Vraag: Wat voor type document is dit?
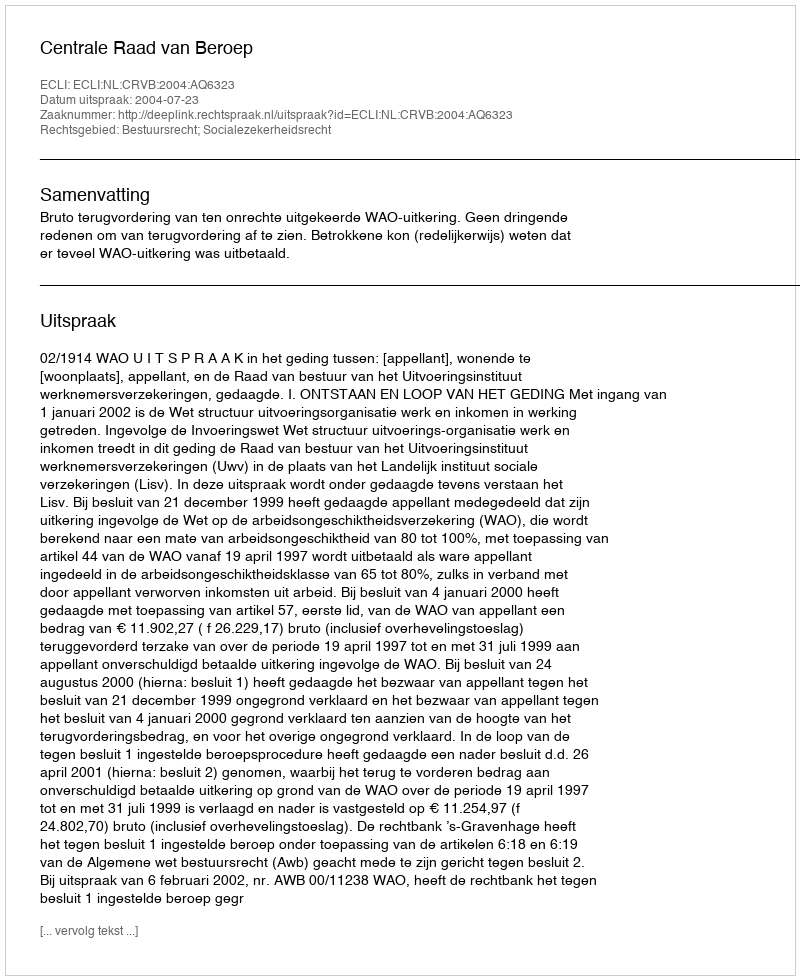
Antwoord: Uitspraak